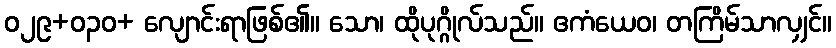
ဝ၂၉+၀၃ဝ+ လျောင်းရာဖြစ်၏။ သော၊ ထိုပုဂ္ဂိုလ်သည်။ ဧကံယေဝ၊ တကြိမ်သာလျှင်။